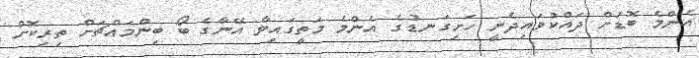
އެންމެ ބޮޑަށް ދައްކުވައިދެނީ ހަށިގަނޑުގެ އެންމެ މަތީގައިވާ އޭނާގެ ބޯ ބިންމައްޗަށް ތިރިކޮށް